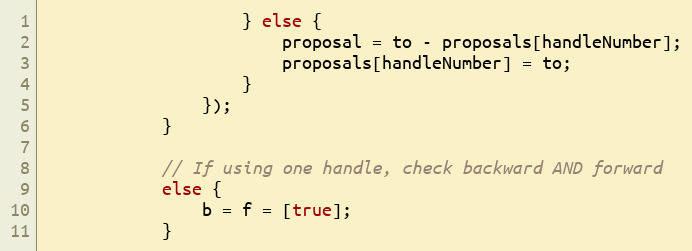
Language: JavaScript
                    } else {
                        proposal = to - proposals[handleNumber];
                        proposals[handleNumber] = to;
                    }
                });
            }

            // If using one handle, check backward AND forward
            else {
                b = f = [true];
            }